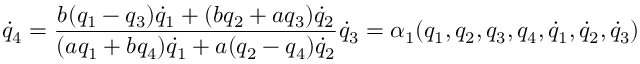
{ \dot { q } } _ { 4 } = \frac { b ( q _ { 1 } - q _ { 3 } ) { \dot { q } } _ { 1 } + ( b q _ { 2 } + a q _ { 3 } ) { \dot { q } } _ { 2 } } { ( a q _ { 1 } + b q _ { 4 } ) { \dot { q } } _ { 1 } + a ( q _ { 2 } - q _ { 4 } ) { \dot { q } } _ { 2 } } { \dot { q } } _ { 3 } = \alpha _ { 1 } ( q _ { 1 } , q _ { 2 } , q _ { 3 } , q _ { 4 } , { \dot { q } } _ { 1 } , { \dot { q } } _ { 2 } , { \dot { q } } _ { 3 } )